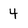
Character: 4